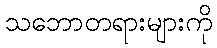
သဘောတရားများကို